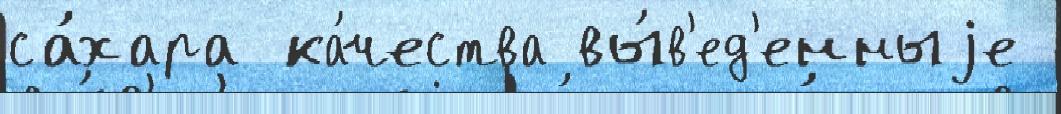
са́хара ка́чества вы́в'ед'енныjе